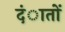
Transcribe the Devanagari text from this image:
दंातों